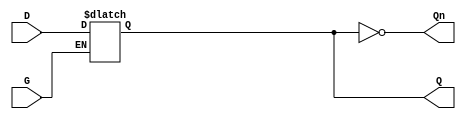
module dual_input_gated_latch (
    input wire D,      // Data Input
    input wire G,      // Gating Signal
    output reg Q,      // Output
    output wire Qn     // Inverted Output
);

// Inverted output
assign Qn = ~Q;

// Always block for latch behavior
always @(*) begin
    if (G) begin
        Q = D;  // When G is high, Q follows D
    end
    // When G is low, Q retains its previous state (holding state)
end

endmodule